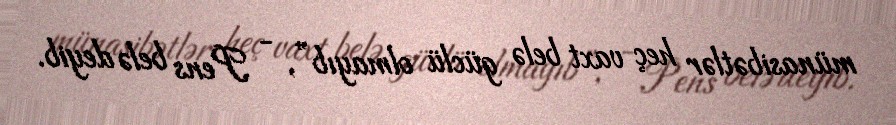
münasibətlər heç vaxt belə güclü olmayıb”, - Pens belə deyib.